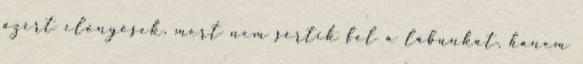
azért előnyösek, mert nem sértik fel a lábunkat, hanem